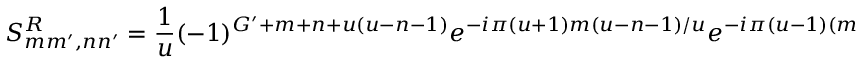
S _ { m m ^ { \prime } , n n ^ { \prime } } ^ { R } = \frac { 1 } { u } ( - 1 ) ^ { G ^ { \prime } + m + n + u ( u - n - 1 ) } e ^ { - i \pi ( u + 1 ) m ( u - n - 1 ) / u } e ^ { - i \pi ( u - 1 ) ( m - 2 m ^ { \prime } + u ) ( n - 2 n ^ { \prime } + u ) / u } ;